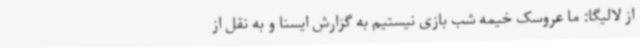
از لالیگا: ما عروسک خیمه شب بازی نیستیم به گزارش ایسنا و به نقل از